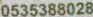
0535388028